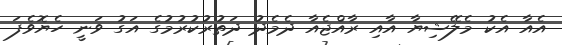
އެއާ އެކު މެލޭޝިޔާ އާއި ރާއްޖެއާ ދެމެދު ދަތުރުކުރުމުގެ އަގު ވަނީ ހެޔޮވެފަ